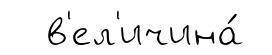
в'ел'ичина́